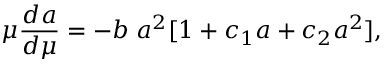
\mu \frac { d a } { d \mu } = - b \; a ^ { 2 } [ 1 + c _ { 1 } a + c _ { 2 } a ^ { 2 } ] ,